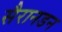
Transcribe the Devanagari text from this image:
सैरानडन